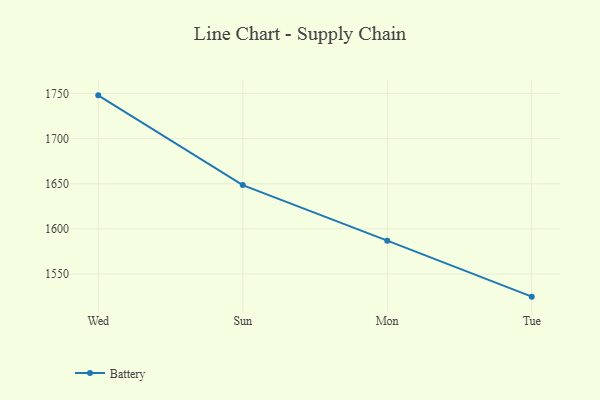
{"axis": {"x": "Day", "y": "Energy Usage (MWh)"}, "legend": ["Battery"], "data": [{"x": "Wed", "y": 1747.9, "type": "Battery"}, {"x": "Sun", "y": 1648.5, "type": "Battery"}, {"x": "Mon", "y": 1587.0, "type": "Battery"}, {"x": "Tue", "y": 1525.0, "type": "Battery"}]}